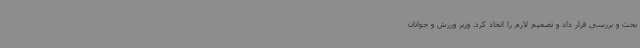
بحث و بررسی قرار داد و تصمیم لازم را اتخاذ کرد. وزیر ورزش و جوانان